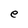
Character: e